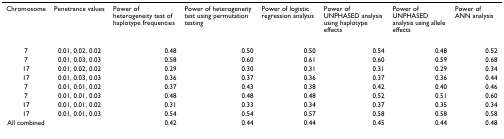
<table><thead><tr><td><b>Chromosome</b></td><td><b>Penetrance values</b></td><td><b>Power of heterogeneity test of haplotype frequencies</b></td><td><b>Power of heterogeneity test using permutation testing</b></td><td><b>Power of logistic regression analysis</b></td><td><b>Power of UNPHASED analysis using haplotype effects</b></td><td><b>Power of UNPHASED analysis using allele effects</b></td><td><b>Power of ANN analysis</b></td></tr></thead><tbody><tr><td>7</td><td>0.01, 0.02, 0.02</td><td>0.48</td><td>0.50</td><td>0.50</td><td>0.54</td><td>0.48</td><td>0.52</td></tr><tr><td>7</td><td>0.01, 0.03, 0.03</td><td>0.58</td><td>0.60</td><td>0.61</td><td>0.60</td><td>0.59</td><td>0.68</td></tr><tr><td>17</td><td>0.01, 0.02, 0.02</td><td>0.29</td><td>0.30</td><td>0.31</td><td>0.31</td><td>0.29</td><td>0.34</td></tr><tr><td>17</td><td>0.01, 0.03, 0.03</td><td>0.36</td><td>0.37</td><td>0.36</td><td>0.37</td><td>0.36</td><td>0.44</td></tr><tr><td>7</td><td>0.01, 0.01, 0.02</td><td>0.37</td><td>0.43</td><td>0.38</td><td>0.42</td><td>0.40</td><td>0.46</td></tr><tr><td>7</td><td>0.01, 0.01, 0.03</td><td>0.48</td><td>0.48</td><td>0.48</td><td>0.52</td><td>0.51</td><td>0.60</td></tr><tr><td>17</td><td>0.01, 0.01, 0.02</td><td>0.31</td><td>0.33</td><td>0.34</td><td>0.37</td><td>0.35</td><td>0.34</td></tr><tr><td>17</td><td>0.01, 0.01, 0.03</td><td>0.54</td><td>0.54</td><td>0.57</td><td>0.58</td><td>0.58</td><td>0.58</td></tr><tr><td>All combined</td><td></td><td>0.42</td><td>0.44</td><td>0.44</td><td>0.45</td><td>0.44</td><td>0.48</td></tr></tbody></table>